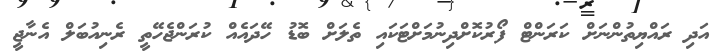
އަދި ރައްޔިތުންނަށް ކަރަންޓް ފޯރުކޮށްދިނުމަށްޓަކައި ތެލަށް ބޮޑު ހޭދައެއް ކުރަންޖެހޭތީ ރެނިއުބަލް އެނާޖީ